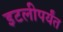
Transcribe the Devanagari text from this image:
इटलीपर्यंत